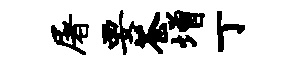
屠要苍增丁